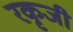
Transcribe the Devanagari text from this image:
रकृजी